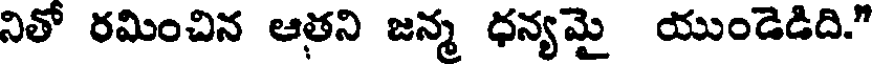
నితో రమించిన ఆతని జన్మ ధన్యమై యుండెడిది."